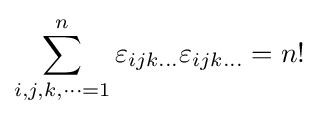
\sum _{i,j,k,\dots =1}^{n}\varepsilon _{ijk\dots }\varepsilon _{ijk\dots }=n!